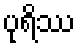
ပုရိဿ